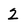
Character: 2